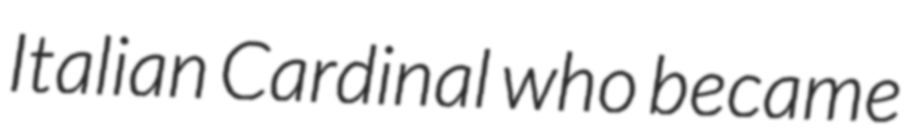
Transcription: Italian Cardinal who became